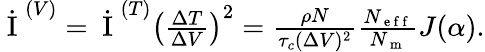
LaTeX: \begin{array}{r}{\dot{\mathrm{~I~}}^{(V)}=\dot{\mathrm{~I~}}^{(T)}\left(\frac{\Delta T}{\Delta V}\right)^{2}=\frac{\rho N}{\tau_{c}(\Delta V)^{2}}\frac{N_{\mathrm{~e~f~f~}}}{N_{\mathrm{~m~}}}J(\alpha).}\end{array}